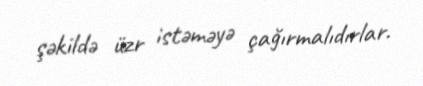
şəkildə üzr istəməyə çağırmalıdırlar.